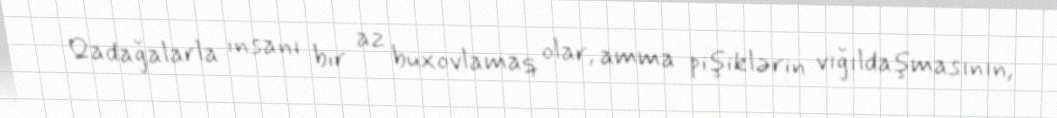
Qadağalarla insanı bir az buxovlamaq olar, amma pişiklərin vığıldaşmasının,